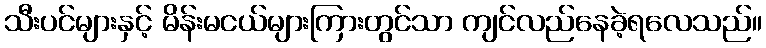
သီးပင်များနှင့် မိန်းမငယ်များကြားတွင်သာ ကျင်လည်နေခဲ့ရလေသည်။